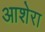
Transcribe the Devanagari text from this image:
आशेरा